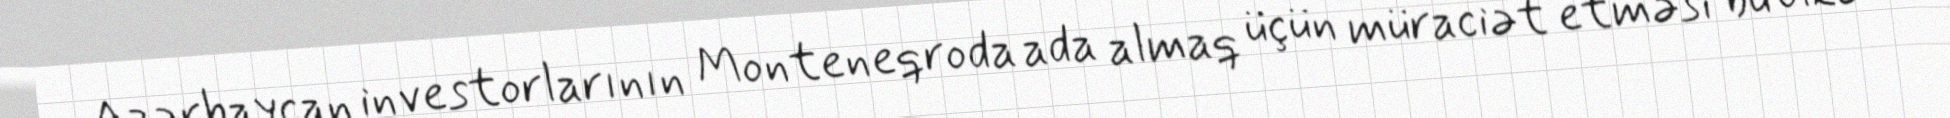
Azərbaycan investorlarının Monteneqroda ada almaq üçün müraciət etməsi bu ölkə